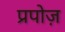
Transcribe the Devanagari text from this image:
प्रपोज़